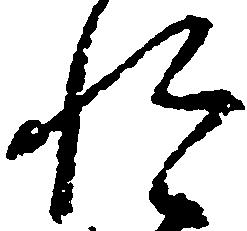
惶